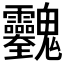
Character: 𱆢